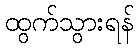
ထွက်သွားရန်